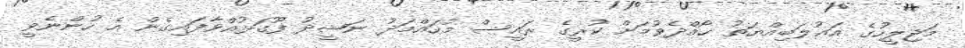
މަޖިލީހުގެ އަޣުލަބިއްޔަތު ހޯއްދެވުމަށް ކުރީގެ ރައީސް މުހައްމަދު ނަޝީދު ފޫގަޅުއްވާފައިގެން އެ ހުންނެވީ